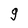
Character: 9